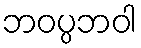
ဘဝပ္ပဘဝါ